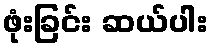
ဖုံးခြင်း ဆယ်ပါး